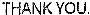
THANK YOU.